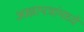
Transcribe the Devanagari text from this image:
आज्ञापत्रांमध्ये